system: You are a helpful assistant.
user:
Analyze the provided spectrum to determine if it is a **"Cataclysmic Variables (CV)"**.

- **Key Indicators for CV (Check for either state):**
    - **State 1: Quiescent / Low-State (Emission-Dominated)**
        - **(Primary):** Strong and *very broad* Hydrogen Balmer emission lines (e.g., $H\alpha$ at 6563 Å, $H\beta$ at 4861 Å). The 'broadness' (high velocity dispersion, often FWHM > 1000 km/s) is the key diagnostic, indicating a high-velocity accretion disk.
        - **(Secondary):** Broad neutral Helium (He I) emission lines (e.g., 5876 Å, 6678 Å).
        - **(Key Confirmation):** Presence of high-excitation *ionized* Helium (He II) emission at 4686 Å. This is a strong indicator of accretion onto a white dwarf.
        - **(Line Profile):** Emission lines may exhibit a 'double-peaked' profile, which is a classic signature of a rotating accretion disk viewed at high inclination.

    - **State 2: Outburst / High-State (Absorption-Dominated)**
        - **(Primary):** Spectrum is dominated by a bright, blue continuum (looks like a hot star).
        - **(Secondary):** The emission lines from State 1 are weak, absent, or 'filled in', and are replaced by broad, shallow *absorption* lines (primarily Balmer and He I).
        - **(Morphology):** The overall spectrum mimics a hot B/A-type star. The crucial difference is that the absorption lines are significantly broader, shallower, and more 'washed-out' (or 'smeared') than the sharp lines of a normal stellar photosphere, due to high rotational speeds and pressure broadening in the disk.

Think first, call **spectral_visualization_tool** if needed to examine features in detail, then provide your final answer. Your response must adhere to the following strict rules:
1.  **Overall Structure:** Your response must follow the format `<think>...</think> <tool_call>...</tool_call> (if a tool is used) <answer>...</answer>`.
2.  **Tool Usage Constraint:** You may only make **one** tool call per turn.
3.  **Final Answer Format:** In the `<answer>` tag, your conclusion must be inside a `\boxed{}` command (e.g., `\boxed{YES}`), followed by your justification.

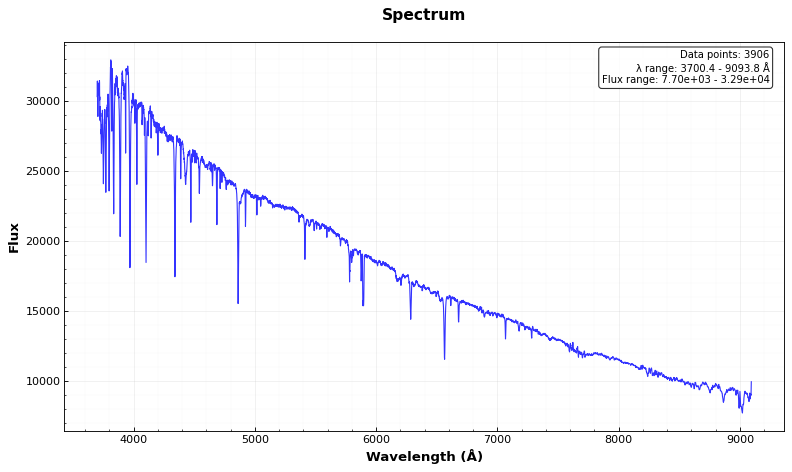
Answer: NO